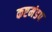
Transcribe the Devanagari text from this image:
कष्टमंडप